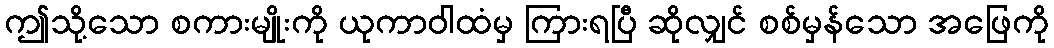
ဤသို့သော စကားမျိုးကို ယုကာဝါထံမှ ကြားရပြီ ဆိုလျှင် စစ်မှန်သော အဖြေကို